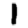
Digit: 1